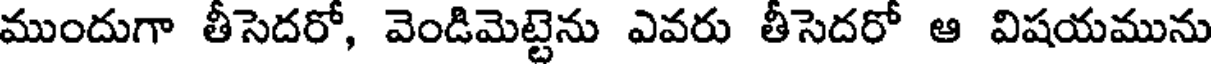
ముందుగా తీసెదరో, వెండిమెట్టెను ఎవరు తీసెదరో ఆ విషయమును